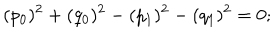
LaTeX: ( p _ { 0 } ) ^ { 2 } + ( q _ { 0 } ) ^ { 2 } - ( p _ { 1 } ) ^ { 2 } - ( q _ { 1 } ) ^ { 2 } = 0 ;